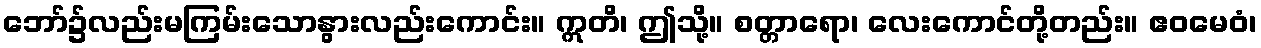
ဘော်၌လည်းမကြမ်းသောနွားလည်းကောင်း။ ဣတိ၊ ဤသို့။ စတ္တာရော၊ လေးကောင်တို့တည်း။ ဧဝမေဝံ၊